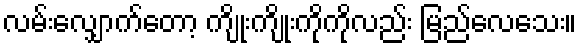
လမ်းလျှောက်တော့ ကျိုးကျိုးကိုကိုလည်း မြည်လေသေး။